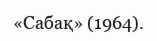
«Сабақ» (1964).